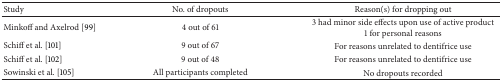
<table><thead><tr><td><b>Study</b></td><td><b>No. of dropouts</b></td><td><b>Reason(s) for dropping out </b></td></tr></thead><tbody><tr><td>Minkoff and Axelrod [99]</td><td>4 out of 61</td><td>3 had minor side effects upon use of active product1 for personal reasons</td></tr><tr><td>Schiff et al. [101]</td><td>9 out of 67</td><td>For reasons unrelated to dentifrice use</td></tr><tr><td>Schiff et al. [102]</td><td>9 out of 48</td><td>For reasons unrelated to dentifrice use</td></tr><tr><td>Sowinski et al. [105]</td><td>All participants completed</td><td>No dropouts recorded</td></tr></tbody></table>